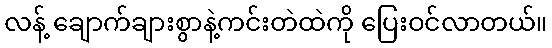
လန့် ချောက်ချားစွာနဲ့ကင်းတဲထဲကို ပြေးဝင်လာတယ်။